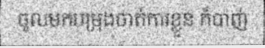
ចូលមកបម្រុងចាត់ការខ្លួន ក៏បាញ់